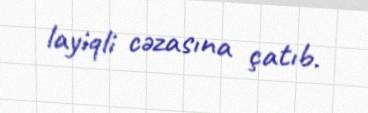
layiqli cəzasına çatıb.